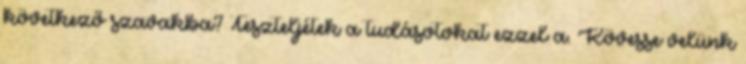
következő szavakba? Teszteljétek a tudásotokat ezzel a. Kövesse velünk